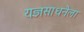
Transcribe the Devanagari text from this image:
यज्ञसाधनेला